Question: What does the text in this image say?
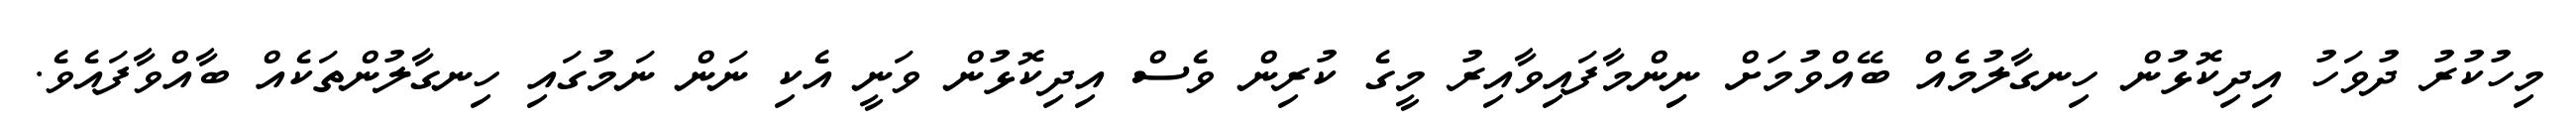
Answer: މިހުކުރު ދުވަހު އިދިކޮޅުން ހިނގާލުމެއް ބޭއްވުމަށް ނިިންމާފައިވާއިރު މީގެ ކުރިން ވެސް އިދިކޮޅުން ވަނީ އެކި ނަން ނަމުގައި ހިނގާލުންތަކެއް ބާއްވާފައެވެ.